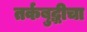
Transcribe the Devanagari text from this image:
तर्कबुद्धीचा